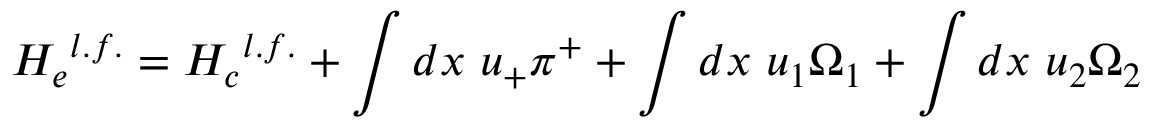
{ H _ { e } } ^ { l . f . } = { H _ { c } } ^ { l . f . } + \int d x ~ u _ { + } \pi ^ { + } + \int d x ~ u _ { 1 } \Omega _ { 1 } + \int d x ~ u _ { 2 } \Omega _ { 2 }